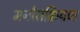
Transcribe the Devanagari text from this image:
मनोसक्रियण